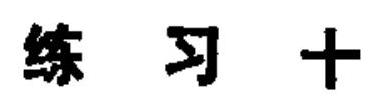
\(练\ 习\ 十\)